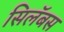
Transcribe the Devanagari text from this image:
सिलॅबस